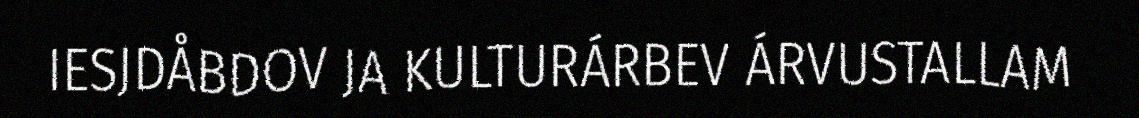
IESJDÅBDOV JA KULTURÁRBEV ÁRVUSTALLAM